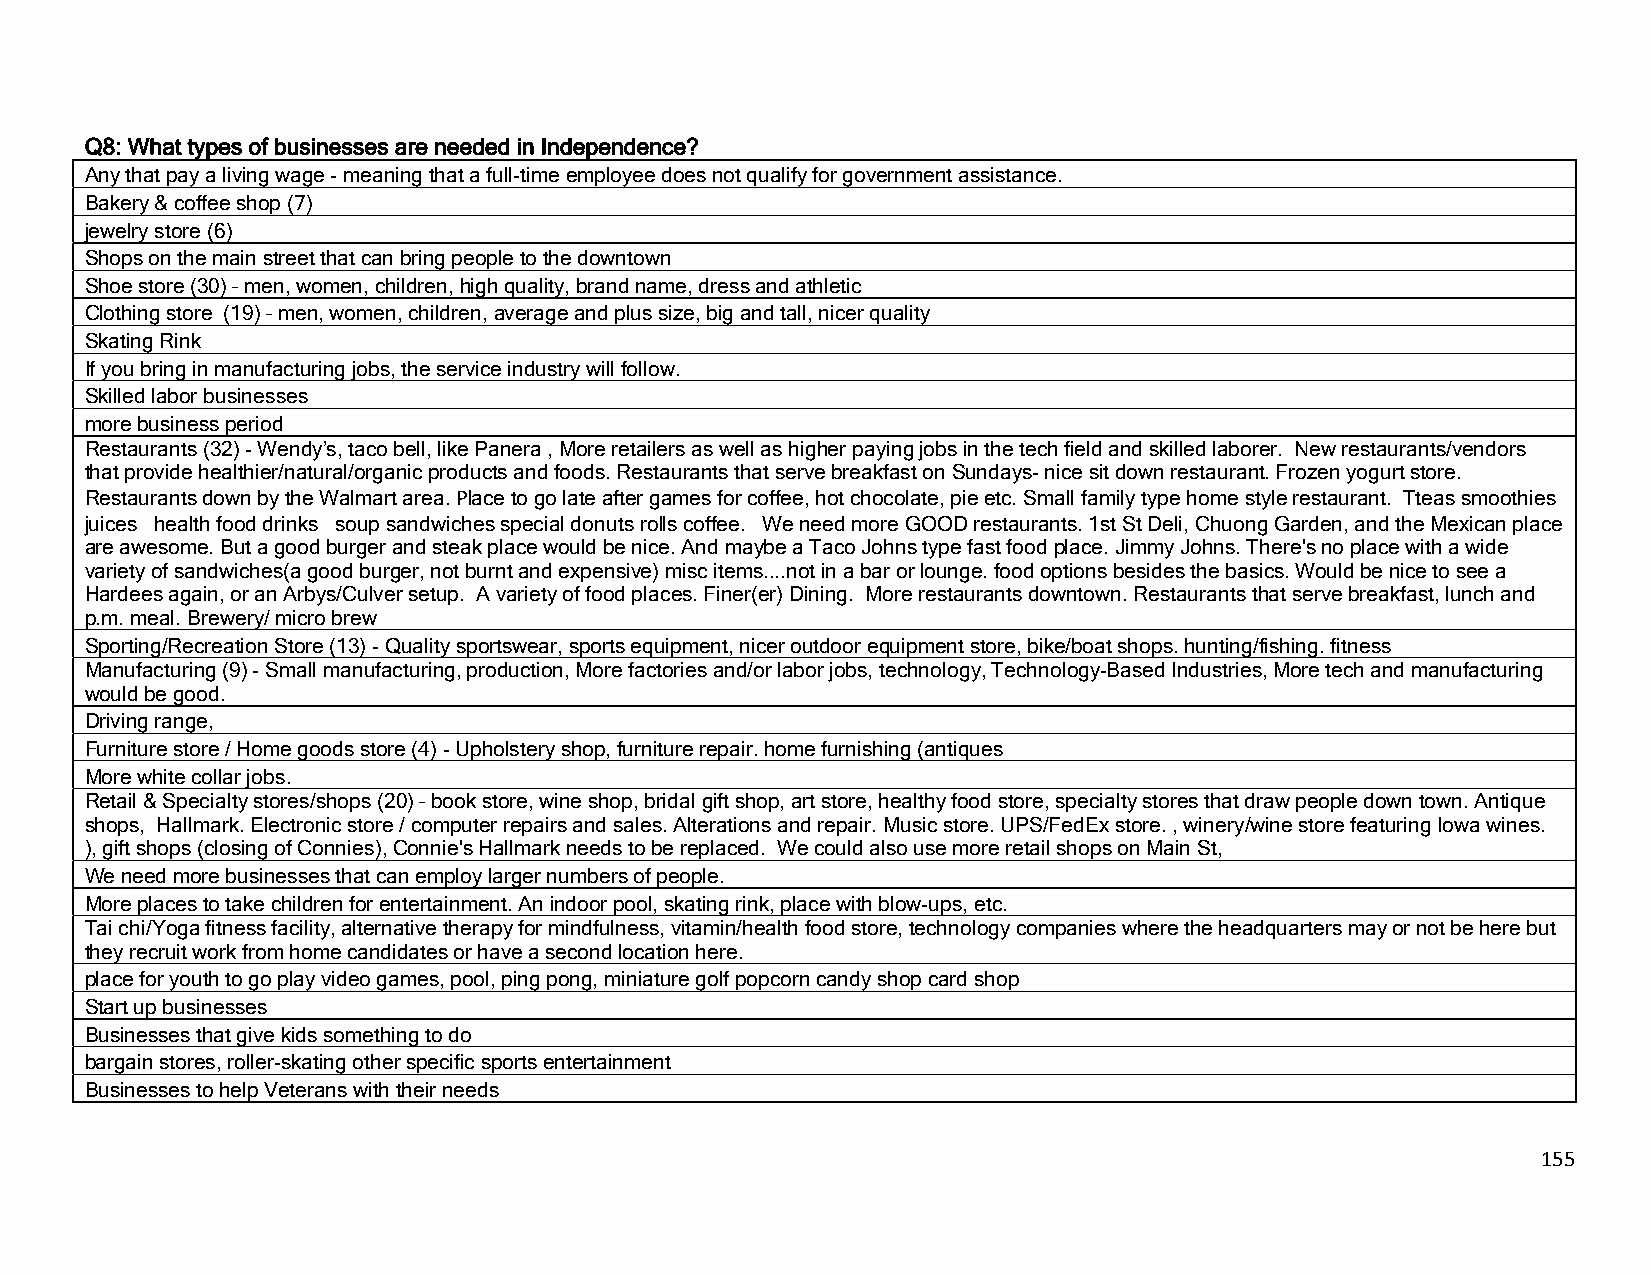
Q8: What types of businesses are needed in Independence?
 Any that pay a living wage - meaning that a full-time employee does not qualify for government assistance.
 Bakery & coffee shop (7)
 jewelry store (6)
 Shops on the main street that can bring people to the downtown
 Shoe store (30) – men, women, children, high quality, brand name, dress and athletic
 Clothing store (19) – men, women, children, average and plus size, big and tall, nicer quality
 Skating Rink
 If you bring in manufacturing jobs, the service industry will follow.
 Skilled labor businesses
 more business period
 Restaurants (32) - Wendy’s, taco bell, like Panera , More retailers as well as higher paying jobs in the tech field and skilled laborer. New restaurants/vendors
 that provide healthier/natural/organic products and foods. Restaurants that serve breakfast on Sundays- nice sit down restaurant. Frozen yogurt store.
 Restaurants down by the Walmart area. Place to go late after games for coffee, hot chocolate, pie etc. Small family type home style restaurant. Tteas smoothies
 juices health food drinks soup sandwiches special donuts rolls coffee. We need more GOOD restaurants. 1st St Deli, Chuong Garden, and the Mexican place
 are awesome. But a good burger and steak place would be nice. And maybe a Taco Johns type fast food place. Jimmy Johns. There's no place with a wide
 variety of sandwiches(a good burger, not burnt and expensive) misc items....not in a bar or lounge. food options besides the basics. Would be nice to see a
 Hardees again, or an Arbys/Culver setup. A variety of food places. Finer(er) Dining. More restaurants downtown. Restaurants that serve breakfast, lunch and
 p.m. meal. Brewery/ micro brew
 Sporting/Recreation Store (13) - Quality sportswear, sports equipment, nicer outdoor equipment store, bike/boat shops. hunting/fishing. fitness
 Manufacturing (9) - Small manufacturing, production, More factories and/or labor jobs, technology, Technology-Based Industries,More tech and manufacturing
 would be good.
 Driving range,
 Furniture store / Home goods store (4) - Upholstery shop, furniture repair.home furnishing (antiques
 More white collar jobs.
 Retail & Specialty stores/shops (20) – book store, wine shop, bridal gift shop, art store, healthy food store, specialty stores that draw people down town. Antique
 shops, Hallmark. Electronic store / computer repairs and sales. Alterations and repair. Music store. UPS/FedEx store. , winery/wine store featuring Iowa wines.
 ), gift shops (closing of Connies), Connie's Hallmark needs to be replaced. We could also use more retail shops on Main St,
 We need more businesses that can employ larger numbers of people.
 More places to take children for entertainment. An indoor pool, skating rink, place with blow-ups, etc.
 Tai chi/Yoga fitness facility, alternative therapy for mindfulness, vitamin/health food store, technology companies where the headquarters may or not be here but
 they recruit work from home candidates or have a second location here.
 place for youth to go play video games, pool, ping pong, miniature golf popcorn candy shop card shop
 Start up businesses
 Businesses that give kids something to do
 bargain stores, roller-skating other specific sports entertainment
 Businesses to help Veterans with their needs
 155